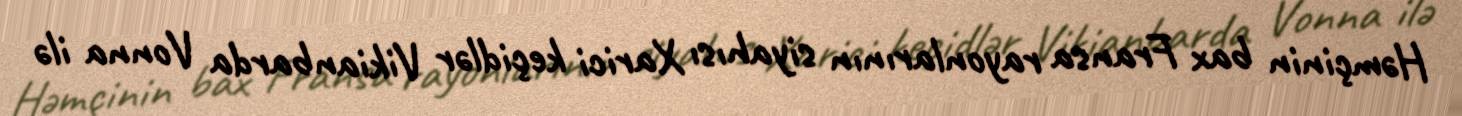
Həmçinin bax Fransa rayonlarının siyahısı Xarici keçidlər Vikianbarda Vonna ilə